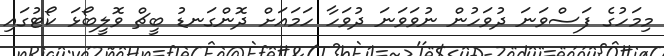
މިމަހުގެ ފަސްވަނަ ދުވަހުން ނުވަވަނަ ދުވަހާ ހަމައަށް ދޮންގަނޑު ބީޗް ވޮލީބޯޅަ ކޯޓުގައި